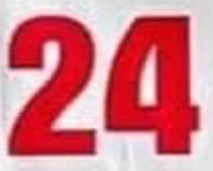
24